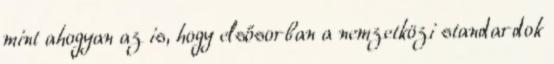
mint ahogyan az is, hogy elsősorban a nemzetközi standardok